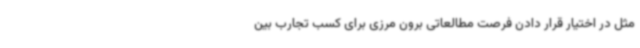
مثل در اختیار قرار دادن فرصت مطالعاتی برون مرزی برای کسب تجارب بین